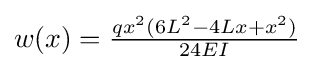
w(x)={\tfrac {qx^{2}(6L^{2}-4Lx+x^{2})}{24EI}}